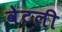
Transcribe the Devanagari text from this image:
वेटली